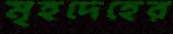
মৃহদেহের